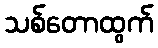
သစ်တောထွက်